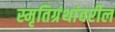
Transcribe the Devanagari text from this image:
स्मृतिग्रंथांवरील